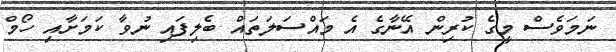
ނަމަވެސް މީގެ ކުރިން އޭނާގެ އެ މައްސަލަތައް ބެލިފައި ނުވާ ކަމަށާއި ހޯމް